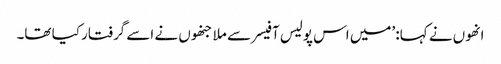
انھوں نے کہا: ’میں اس پولیس آفیسر سے ملا جنھوں نے اسے گرفتار کیا تھا۔